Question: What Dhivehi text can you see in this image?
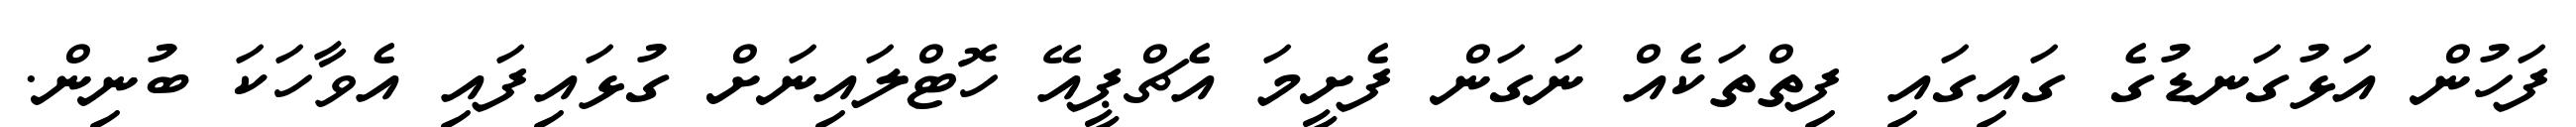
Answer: ފަހުން އަޅުގަނޑުގެ ގައިގައި ފިތްތަކެއް ނަގަން ފެށީމަ އެޗްޕީއޭ ހޮޓްލައިނަށް ގުޅައިފައި އެވާހަކަ ބުނިން.